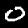
Digit: 0